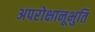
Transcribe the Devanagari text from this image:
अपरोक्षानूभुति